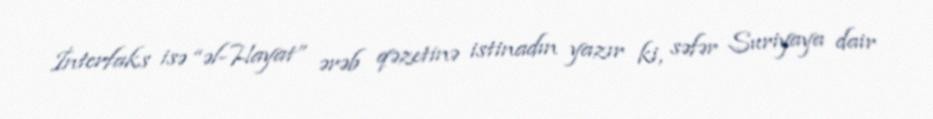
İnterfaks isə “əl-Hayat” ərəb qəzetinə istinadın yazır ki, səfər Suriyaya dair